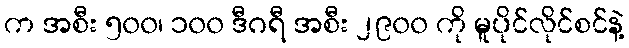
က အစီး ၅၀၀၊ ၁၀၀ ဒီဂရီ အစီး ၂၉၀၀ ကို မူပိုင်လိုင်စင်နဲ့